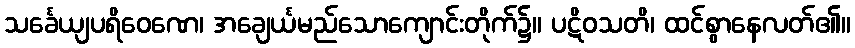
သင်္ခေယျပရိဝေဏေ၊ အချေင်္ယမည်သောကျောင်းတိုက်၌။ ပဋိဝသတိ၊ ထင်စွာနေလတ်၏။